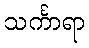
သင်္ကာရာ